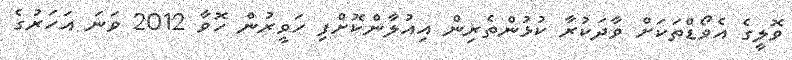
ވޮލީގެ އެވޯޑްތަކަށް ވާދަކުރާ ކުޅުންތެރިން އިއުލާންކޮށްފި ހަވީރުން ހޮވާ 2012 ވަނަ އަހަރުގެ